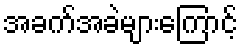
အခက်အခဲများကြောင့်